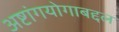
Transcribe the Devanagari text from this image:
अष्टांगयोगाबद्दल